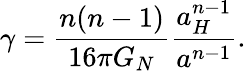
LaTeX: \gamma={\frac{n(n-1)}{16\pi G_{N}}}{\frac{a_{H}^{n-1}}{a^{n-1}}}.